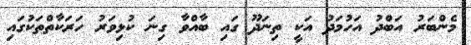
މެންބަރު އަބްދު އަހުމަދު އަކީ ތިނަދޫ ގައި ބާއްވާ ގިނަ ކުޅިވަރު ހަރަކާތްތަކުގައި